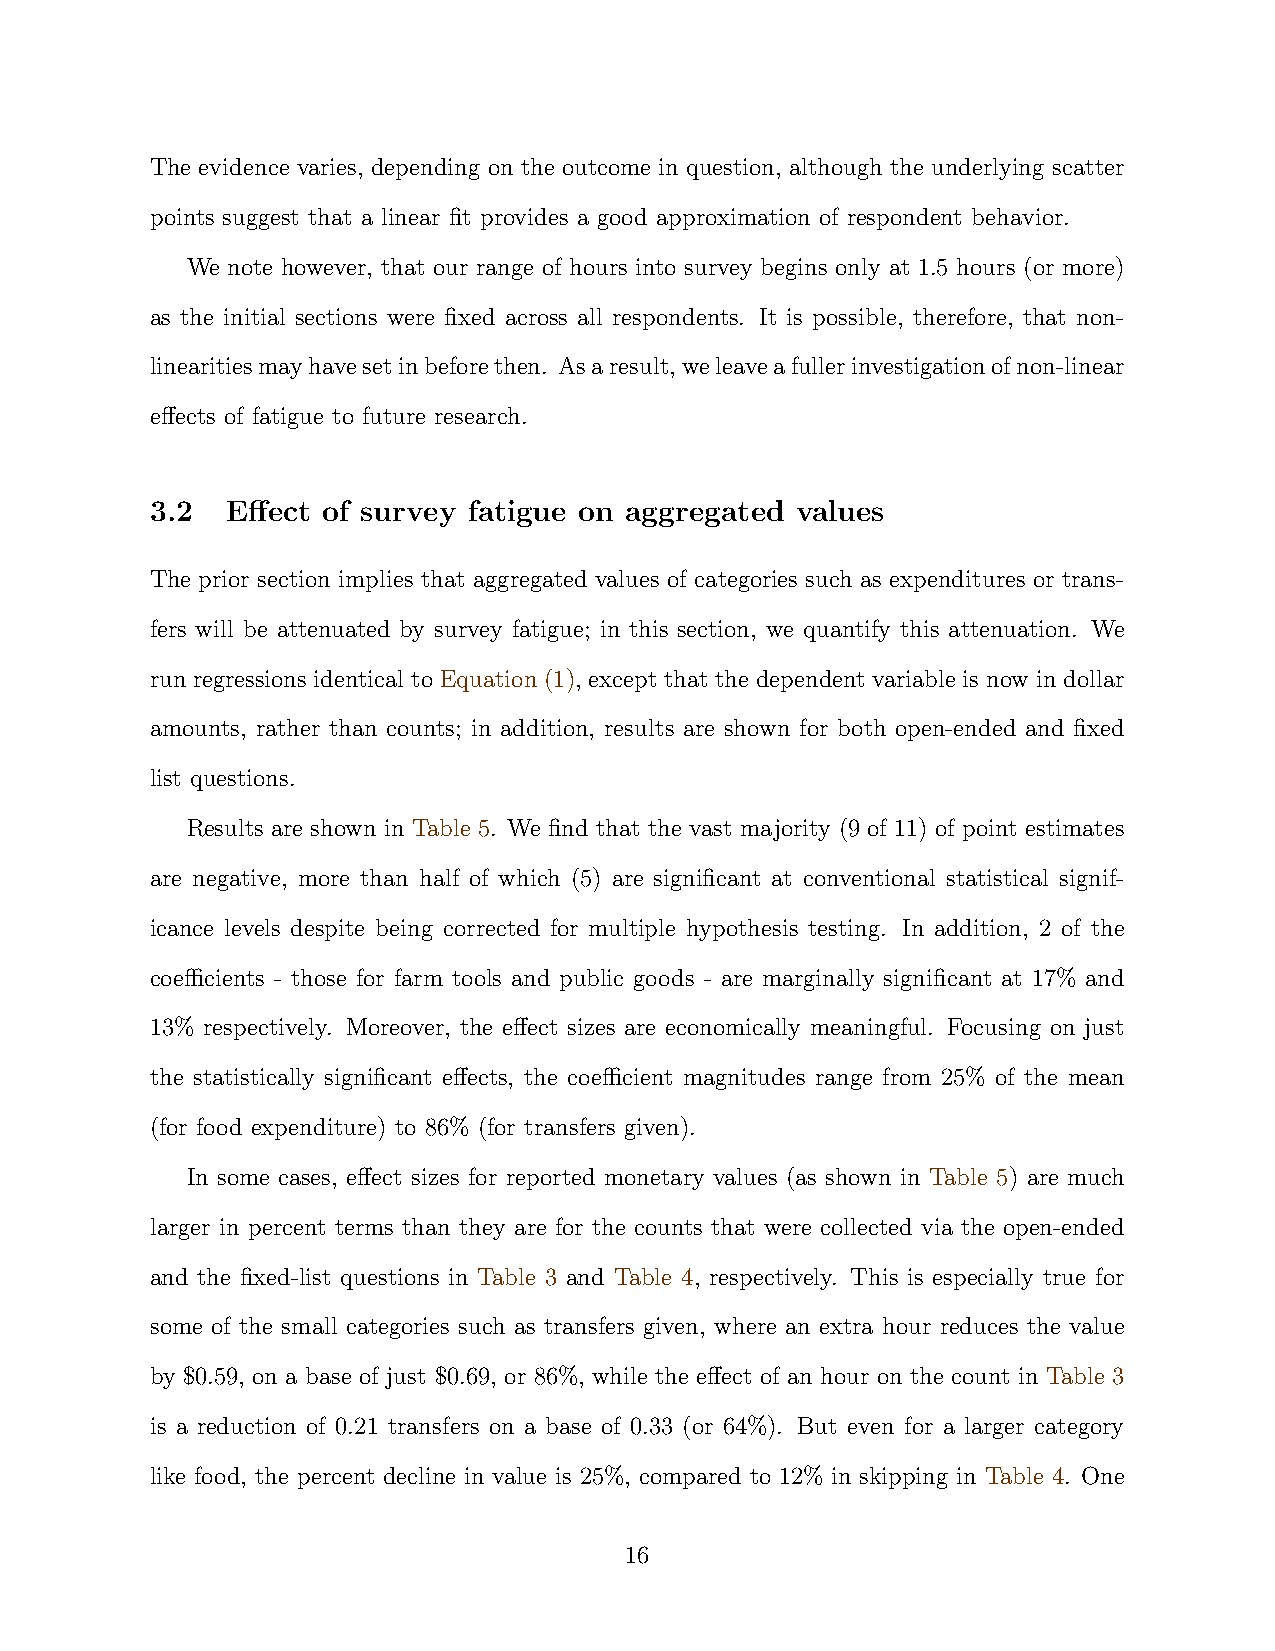
The evidence varies, depending on the outcome in question, although the underlying scatter
 points suggest that a linear fit provides a good approximation of respondent behavior.
 We note however, that our range of hours into survey begins only at 1.5 hours (or more)
 as the initial sections were fixed across all respondents. It is possible, therefore, that non-
 linearitiesmayhavesetinbeforethen. Asaresult,weleaveafullerinvestigationofnon-linear
 effects of fatigue to future research.
 3.2  Effect of survey fatigue on aggregated values
 The prior section implies that aggregated values of categories such as expenditures or trans-
 fers will be attenuated by survey fatigue; in this section, we quantify this attenuation. We
 run regressions identical to Equation (1), except that the dependent variable is now in dollar
 amounts, rather than counts; in addition, results are shown for both open-ended and fixed
 list questions.
 Results are shown in Table 5. We find that the vast majority (9 of 11) of point estimates
 are negative, more than half of which (5) are significant at conventional statistical signif-
 icance levels despite being corrected for multiple hypothesis testing. In addition, 2 of the
 coefficients - those for farm tools and public goods - are marginally significant at 17% and
 13% respectively. Moreover, the effect sizes are economically meaningful. Focusing on just
 the statistically significant effects, the coefficient magnitudes range from 25% of the mean
 (for food expenditure) to 86% (for transfers given).
 In some cases, effect sizes for reported monetary values (as shown in Table 5) are much
 larger in percent terms than they are for the counts that were collected via the open-ended
 and the fixed-list questions in Table 3 and Table 4, respectively. This is especially true for
 some of the small categories such as transfers given, where an extra hour reduces the value
 by $0.59, on a base of just $0.69, or 86%, while the effect of an hour on the count in Table 3
 is a reduction of 0.21 transfers on a base of 0.33 (or 64%). But even for a larger category
 like food, the percent decline in value is 25%, compared to 12% in skipping in Table 4. One
 16